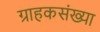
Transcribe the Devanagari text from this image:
ग्राहकसंख्या